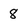
Character: 8